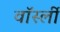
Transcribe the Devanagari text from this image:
वॉर्स्ली